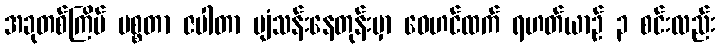
အခုတစ်ကြိမ် မစ္စတာ ဇပါတာ ပျံသန်းနေတုန်းမှာ ဝေဟင်ထက် ရဟတ်ယာဉ် ၃ စင်းလည်း